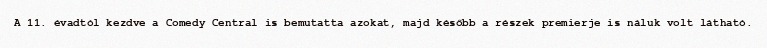
A 11. évadtól kezdve a Comedy Central is bemutatta azokat, majd később a részek premierje is náluk volt látható.